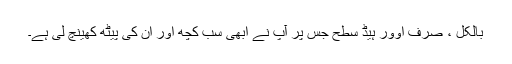
بالکل ، صرف اوور ہیڈ سطح جس پر آپ نے ابھی سب کچھ اور ان کی پیٹھ کھینچ لی ہے۔